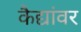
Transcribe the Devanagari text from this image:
कैद्यांवर